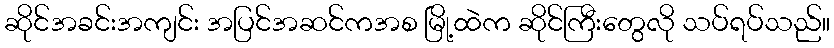
ဆိုင်အခင်းအကျင်း အပြင်အဆင်ကအစ မြို့ထဲက ဆိုင်ကြီးတွေလို သပ်ရပ်သည်။